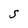
Character: S